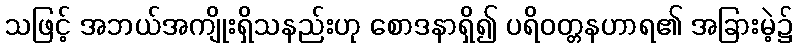
သဖြင့် အဘယ်အကျိုးရှိသနည်းဟု စောဒနာရှိ၍ ပရိဝတ္တနဟာရ၏ အခြားမဲ့၌